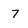
Character: 7